system: You are a helpful assistant.
user:
Analyze the provided spectrum to determine if it is a **Carbon Star (C-type)**.

- **Key Visual Indicators of Carbon Star:**
    - **(Primary):** Strong molecular absorption from **C₂ (diatomic carbon) "Swan Bands."** This is the **defining feature** of a carbon star.
        - **(Key Bandheads):** Sharp absorption edges are visible at approximately $5635$ Å, $5165$ Å (the strongest band), and $4737$ Å.
        - **(Line Profile):** Creates a distinct **"saw-tooth"** pattern. The key morphology is a sharp, steep bandhead on the **red (long-wavelength) side**, which then gradually tapers off (i.e., flux recovers) towards the **blue (short-wavelength) side**. *(This is the direct opposite of the TiO bands seen in M-type stars)*.

    - **(Secondary):** Intense **CN (cyanogen)** molecular absorption bands.
        - **(Key Bandheads):** Located in the blue and violet regions of the spectrum (e.g., near $4215$ Å and $3883$ Å).
        - **(Morphology):** These bands are extremely broad and act as a "blanket," absorbing the vast majority of blue and violet light. This creates a characteristic **"cliff"** or **"steep drop-off"** in the spectrum's flux at short wavelengths.

    - **(Key Confirmation):** Strong **CH absorption band (G-band)**.
        - **(Key Bandhead):** Located around $4300$ Å. The contribution from CH molecules to this band is exceptionally strong.

    - **(Overall Spectrum):**
        - The continuum is severely "chopped up" by these deep molecular bands, especially C₂, rather than appearing as a smooth curve.
        - Due to the heavy CN and C₂ absorption in the blue-green, the vast majority of the star's flux is concentrated in the red part of the spectrum, giving the star its characteristic deep red color.

Think first, call **spectral_visualization_tool** if needed to examine features in detail, then provide your final answer. Your response must adhere to the following strict rules:
1.  **Overall Structure:** Your response must follow the format `<think>...</think> <tool_call>...</tool_call> (if a tool is used) <answer>...</answer>`.
2.  **Tool Usage Constraint:** You may only make **one** tool call per turn.
3.  **Final Answer Format:** In the `<answer>` tag, your conclusion must be inside a `\boxed{}` command (e.g., `\boxed{YES}`), followed by your justification.

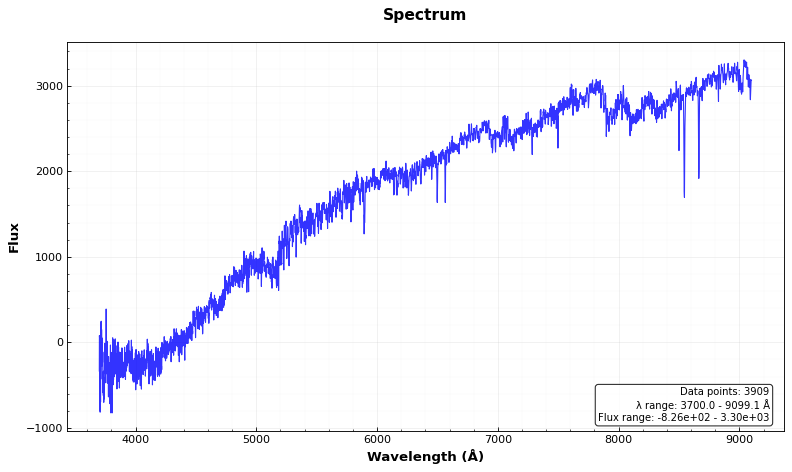
Answer: YES